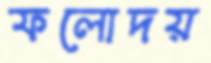
ফলোদয়